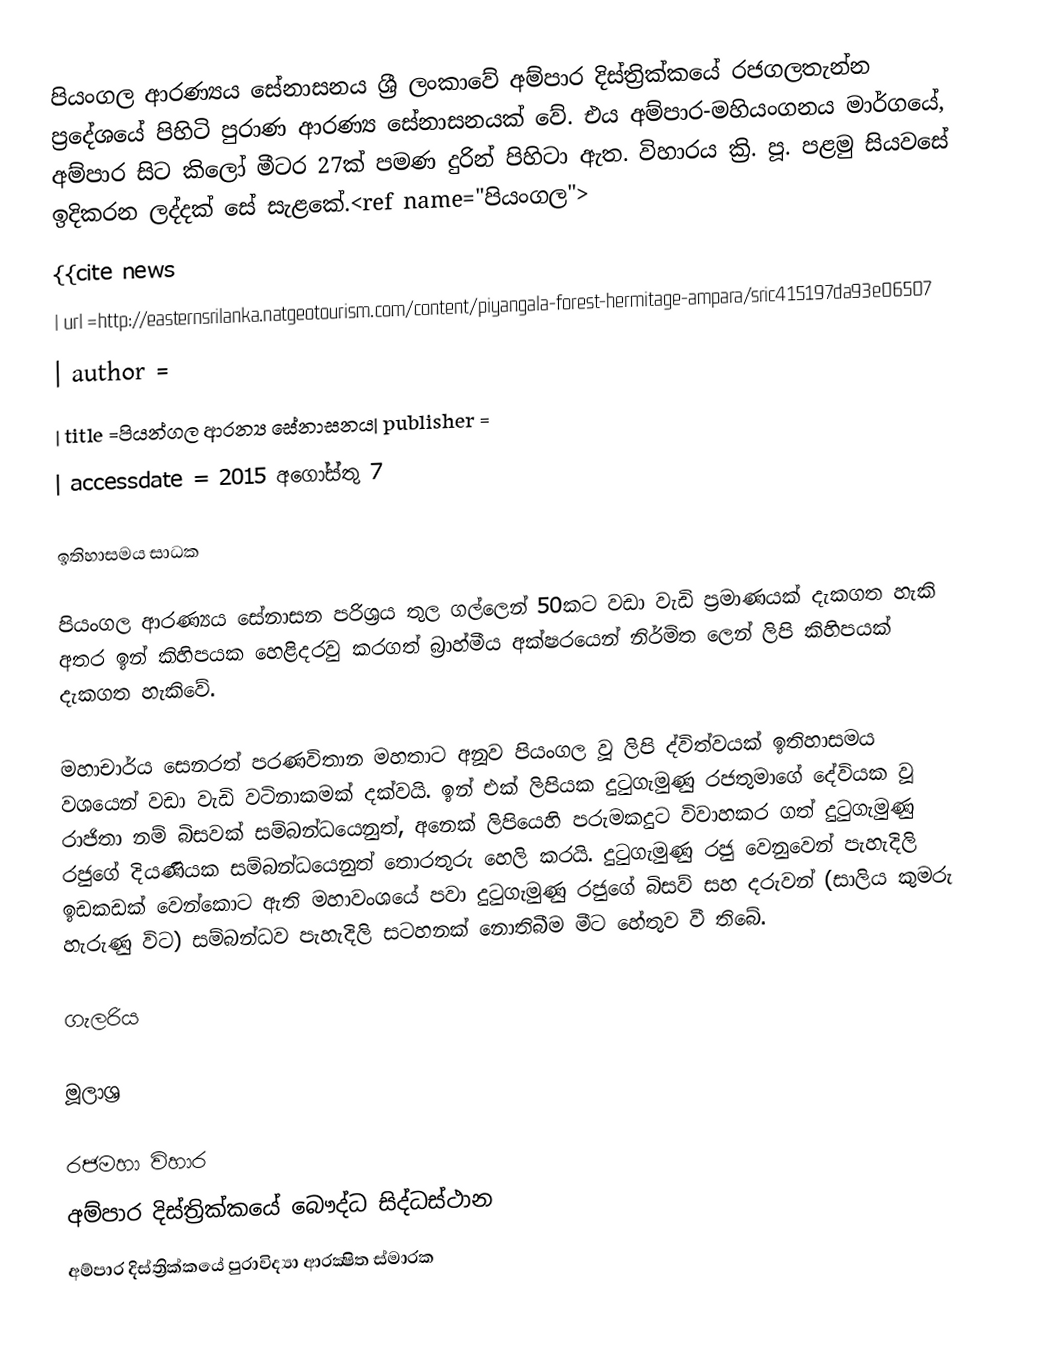
පියංගල ආරණ්‍යය සේනාසනය ශ්‍රී ලංකාවේ අම්පාර දිස්ත්‍රික්කයේ රජගලතැන්න ප්‍රදේශයේ පිහිටි පුරාණ ආරණ්‍ය සේනාසනයක් වේ. එය අම්පාර-මහියංගනය මාර්ගයේ, අම්පාර සිට කිලෝ මීටර 27ක් පමණ දුරින් පිහිටා ඇත. විහාරය ක්‍රි. පූ. පළමු සියවසේ ඉදිකරන ලද්දක් සේ සැළකේ.<ref name="පියංගල">
{{cite news
| url =http://easternsrilanka.natgeotourism.com/content/piyangala-forest-hermitage-ampara/sric415197da93e06507
| author =
| title =පියන්ගල ආරන්‍ය සේනාසනය| publisher =
| accessdate = 2015 අගෝස්තු 7

ඉතිහාසමය සාධක

පියංගල ආරණ්‍යය සේනාසන පරිශ්‍රය තුල ගල්ලෙන් 50කට වඩා වැඩි ප්‍රමාණයක් දැකගත හැකි අතර ඉන් කිහිපයක හෙළිදරවු කරගත් බ්‍රාහ්මීය අක්ෂරයෙන් නිර්මිත ලෙන් ලිපි කිහිපයක් දැකගත හැකිවේ.

මහාචාර්ය සෙනරත් පරණවිතාන මහතාට අනූව පියංගල වූ ලිපි ද්විත්වයක් ඉතිහාසමය වශයෙන් වඩා වැඩි වටිනාකමක් දක්වයි. ඉන් එක් ලිපියක දුටුගැමුණු රජතුමාගේ දේවියක වූ රාජිතා නම් බිසවක් සම්බන්ධයෙනුත්, අනෙක් ලිපියෙහි පරුමකදුට විවාහකර ගත් දුටුගැමුණු රජුගේ දියණියක සම්බන්ධයෙනුත් තොරතුරු හෙලි කරයි. දුටුගැමුණු රජු වෙනුවෙන් පැහැදිලි ඉඩකඩක් වෙන්කොට ඇති මහාවං‍ශයේ පවා දුටුගැමුණු රජුගේ බිසව් සහ දරුවන් (සාලිය කුමරු හැරුණු විට) සම්බන්ධව පැහැදිලි සටහනක් නොතිබීම මීට හේතුව වී තිබේ.

ගැලරිය

මූලාශ්‍ර

රජමහා විහාර
අම්පාර දිස්ත්‍රික්කයේ බෞද්ධ සිද්ධස්ථාන
අම්පාර දිස්ත්‍රික්කයේ පුරාවිද්‍යා ආරක්‍ෂිත ස්මාරක‎